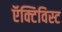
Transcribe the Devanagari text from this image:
ऍक्टिविस्ट